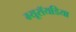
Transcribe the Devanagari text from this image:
म्यूरॉयडिया